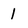
Character: 1